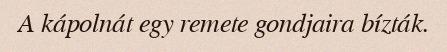
A kápolnát egy remete gondjaira bízták.